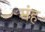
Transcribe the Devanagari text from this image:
मंह